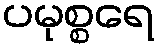
ပမုစ္စရေ